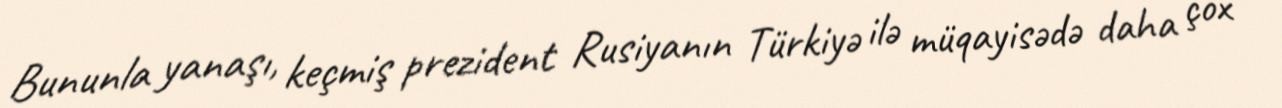
Bununla yanaşı, keçmiş prezident Rusiyanın Türkiyə ilə müqayisədə daha çox